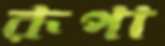
রূপা